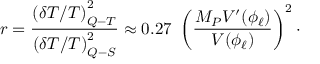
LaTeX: r = \frac { \left( \delta T / T \right) _ { Q - T } ^ { 2 } } { \left( \delta T / T \right) _ { Q - S } ^ { 2 } } \approx 0 . 2 7 ~ \left( \frac { M _ { P } V ^ { \prime } ( \phi _ { \ell } ) } { V ( \phi _ { \ell } ) } \right) ^ { 2 } \cdot